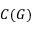
C ( G )